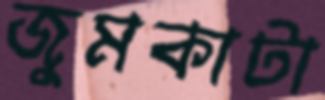
জুমকাটা